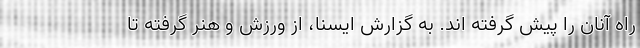
راه آنان را پیش گرفته اند. به گزارش ایسنا، از ورزش و هنر گرفته تا